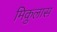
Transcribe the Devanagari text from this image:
मिकुलास